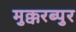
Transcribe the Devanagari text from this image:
मुक्करब्पुर